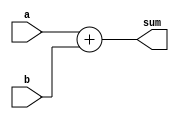

module bit8Adder(
  
    input [7:0] a,
    input [7:0] b,
   
    output [8:0] sum
    );

    assign sum = a + b;
endmodule